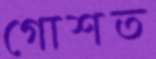
গোশত